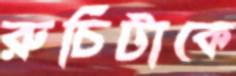
রুচিটাকে